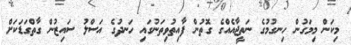
މިކަން މިމަގުން ހިނގުމުގެ ނަތީޖާއެއްގެ ގޮތުން ފާއިތުވިތަނުގައި ހަނދުގެ އަސްލު ސައިޒުން ގާތްގަޑަކަށް